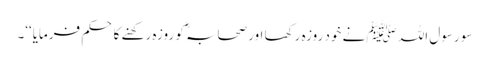
سو رسول اللہ ﷺ نے خود روزہ رکھا اور صحابہؓ کو روزہ رکھنے کا حکم فرمایا‘‘۔